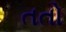
તતો